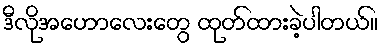
ဒီလိုအဟောလေးတွေ ထုတ်ထားခဲ့ပါတယ်။